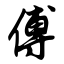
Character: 傅